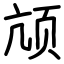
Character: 颃